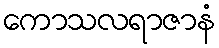
ကောသလရာဇာနံ